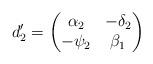
LaTeX: \begin{align*}d'_2=\begin{pmatrix}\alpha_2 &-\delta_2\\-\psi_2 &\beta_1\end{pmatrix} \end{align*}